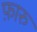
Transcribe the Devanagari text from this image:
फ़ारु